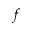
f